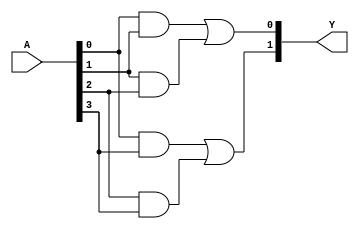
module jewel_pal (
    input wire [N-1:0] A,   // Input signals
    output wire [M-1:0] Y   // Output signals
);

// Parameter definitions
parameter N = 4; // Number of inputs (e.g., A, B, C, D)
parameter M = 2; // Number of outputs (Y1, Y2)
parameter AND_TERMS = 4; // Number of programmable AND gates
parameter OR_TERMS = 2; // Number of fixed OR gates

// Internal wires for AND gate outputs
wire [AND_TERMS-1:0] and_out;

// Programmable AND array (4 AND gates)
generate
    genvar i;
    for (i = 0; i < AND_TERMS; i = i + 1) begin : and_array
        // Example programming for AND gates
        // Here you can specify the connections for each AND gate
        // Modify the connections based on your specific requirements
        case (i)
            0: assign and_out[i] = A[0] & A[1]; // AND gate 0
            1: assign and_out[i] = A[1] & A[2]; // AND gate 1
            2: assign and_out[i] = A[0] & A[3]; // AND gate 2
            3: assign and_out[i] = A[2] & A[3]; // AND gate 3
            default: assign and_out[i] = 1'b0;   // Default case
        endcase
    end
endgenerate

// Fixed OR array (2 OR gates)
assign Y[0] = and_out[0] | and_out[1]; // OR gate 1
assign Y[1] = and_out[2] | and_out[3]; // OR gate 2

endmodule